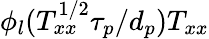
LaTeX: \phi_{l}(T_{xx}^{1/2}\tau_{p}/d_{p})T_{xx}